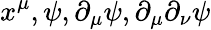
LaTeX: x^{\mu},\psi,\partial_{\mu}\psi,\partial_{\mu}\partial_{\nu}\psi